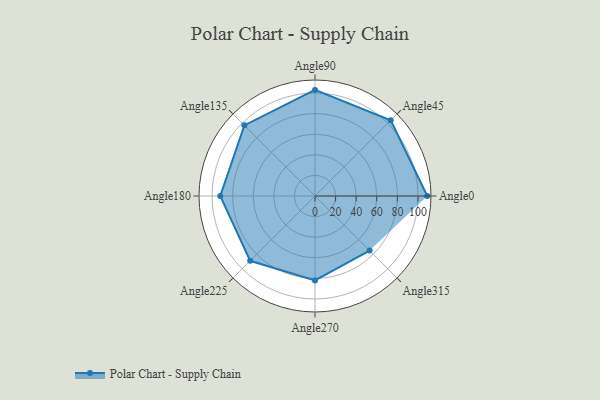
{"axis": {"x": "Angle", "y": "Radius"}, "legend": [""], "data": [{"x": "Angle0", "y": 109.0, "type": ""}, {"x": "Angle45", "y": 104.0, "type": ""}, {"x": "Angle90", "y": 103.0, "type": ""}, {"x": "Angle135", "y": 97.0, "type": ""}, {"x": "Angle180", "y": 92.0, "type": ""}, {"x": "Angle225", "y": 89.0, "type": ""}, {"x": "Angle270", "y": 82.0, "type": ""}, {"x": "Angle315", "y": 75.0, "type": ""}]}